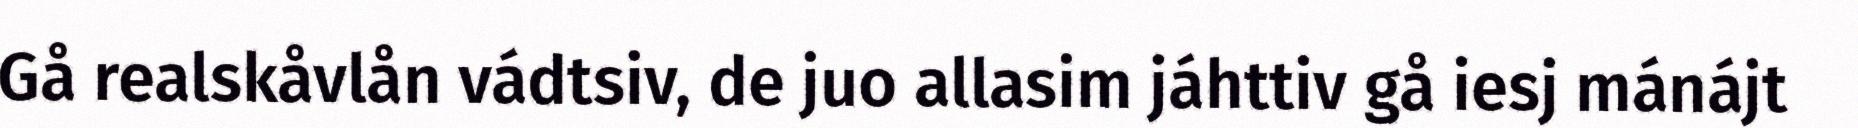
Gå realskåvlån vádtsiv, de juo allasim jáhttiv gå iesj mánájt